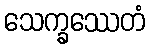
သေက္ခဿေတံ